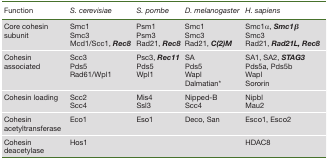
<table><thead><tr><td><b>Function</b></td><td><b><i>S. cerevisiae</i></b></td><td><b><i>S. pombe</i></b></td><td><b><i>D. melanogaster</i></b></td><td><b><i>H. sapiens</i></b></td></tr></thead><tbody><tr><td>Core cohesin subunit</td><td>Smc1Smc3Mcd1/Scc1, <b><i>Rec8</i></b></td><td>Psm1Psm3Rad21, <b><i>Rec8</i></b></td><td>Smc1Smc3Rad21, <b><i>C(2)M</i></b></td><td>Smc1α, <b><i>Smc1</i></b>bSmc3Rad21, <b><i>Rad21L, Rec8</i></b></td></tr><tr><td>Cohesin associated</td><td>Scc3Pds5Rad61/Wpl1</td><td>Psc3, <b><i>Rec11</i></b>Pds5Wpl1</td><td>SAPds5WaplDalmatian∗</td><td>SA1, SA2, <b><i>STAG3</i></b>Pds5a, Pds5bWaplSororin</td></tr><tr><td>Cohesin loading</td><td>Scc2Scc4</td><td>Mis4Ssl3</td><td>Nipped-BScc4</td><td>NipblMau2</td></tr><tr><td>Cohesin acetyltransferase</td><td>Eco1</td><td>Eso1</td><td>Deco, San</td><td>Esco1, Esco2</td></tr><tr><td>Cohesin deacetylase</td><td>Hos1</td><td></td><td></td><td>HDAC8</td></tr></tbody></table>